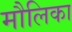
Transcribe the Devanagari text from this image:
मौलिका